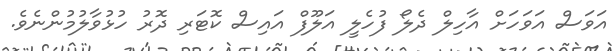
އަވަސް އަވަހަށް އާހިލް ދެލޯ ފުހެލީ އަލޫފް އައިސް ކޮޓަރި ދޮރު ހުޅުވާލުމުންނެވެ.